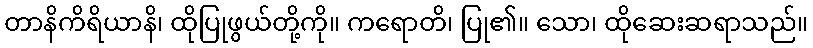
တာနိကိရိယာနိ၊ ထိုပြုဖွယ်တို့ကို။ ကရောတိ၊ ပြု၏။ သော၊ ထိုဆေးဆရာသည်။